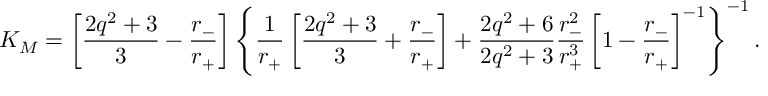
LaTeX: K _ { M } = \left[ \frac { 2 q ^ { 2 } + 3 } { 3 } - \frac { r _ { - } } { r _ { + } } \right] \left\{ \frac { 1 } { r _ { + } } \left[ \frac { 2 q ^ { 2 } + 3 } { 3 } + \frac { r _ { - } } { r _ { + } } \right] + \frac { 2 q ^ { 2 } + 6 } { 2 q ^ { 2 } + 3 } \frac { r _ { - } ^ { 2 } } { r _ { + } ^ { 3 } } \left[ 1 - \frac { r _ { - } } { r _ { + } } \right] ^ { - 1 } \right\} ^ { - 1 } .